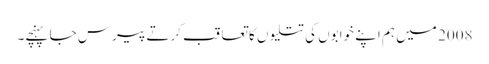
2008 میں ہم اپنے خوابوں کی تتلیوں کا تعاقب کرتے پیرس جا پہنچے۔